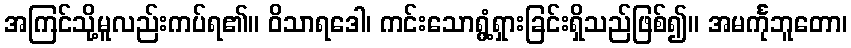
အကြင်သို့မူလည်းကပ်ရ၏။ ဝိသာရဒေါ၊ ကင်းသောရွံ့ရှားခြင်းရှိသည်ဖြစ်၍။ အမင်္ကုဘူတော၊